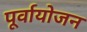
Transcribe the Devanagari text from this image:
पूर्वायोजन